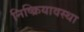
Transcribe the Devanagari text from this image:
निष्क्रियावस्था